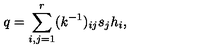
q = \sum _ { i , j = 1 } ^ { r } ( k ^ { - 1 } ) _ { i j } s _ { j } h _ { i } ,